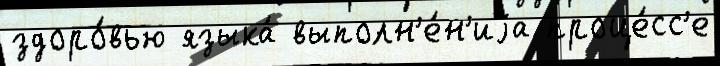
здоро́вью языка́ выполн'е́н'иjа проце́сс'е